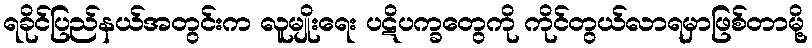
ရခိုင်ပြည်နယ်အတွင်းက လူမျိုးရေး ပဋိပက္ခတွေကို ကိုင်တွယ်လာရမှာဖြစ်တာမို့